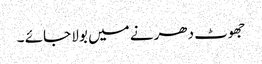
جھوٹ دھرنے میں بولا جائے ۔